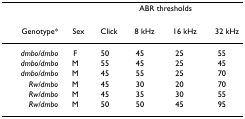
|  |  | <COLSPAN=4> ABR thresholds |
 | Genotype* | Sex | Click | 8 kHz | 16 kHz | 32 kHz |
 | --- | --- | --- | --- | --- | --- |
 | dmbo/dmbo | F | 50 | 45 | 25 | 55 |
 | dmbo/dmbo | M | 55 | 45 | 25 | 45 |
 | dmbo/dmbo | M | 45 | 55 | 25 | 70 |
 | Rw/dmbo | M | 45 | 30 | 20 | 70 |
 | Rw/dmbo | M | 45 | 35 | 30 | 55 |
 | Rw/dmbo | M | 50 | 50 | 45 | 95 |